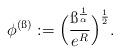
LaTeX: \begin{align*}\phi^{(\ss)}:=\Big(\frac{\ss^{\frac{1}{\alpha}}}{e^{R}}\Big)^{\frac{1}{2}}.\end{align*}